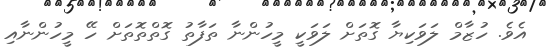
އެވެ. ހުޒާމް ލަވަކިޔާ ގޮތަށް ލަވަކީ މީހުންނާ ތަފާތު ގޮތްތޮތަށް ހޭ މީހުންނާއި